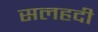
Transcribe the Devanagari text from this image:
सलहदी